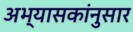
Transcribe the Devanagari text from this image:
अभ्यासकांनुसार